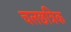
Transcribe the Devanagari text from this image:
चलछत्रिक